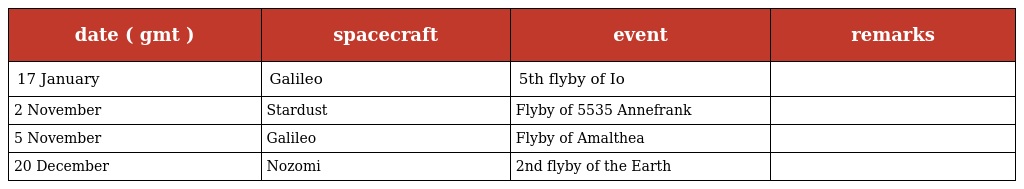
| date ( gmt ) | spacecraft | event | remarks |
 | --- | --- | --- | --- |
 | 17 January | Galileo | 5th flyby of Io |  |
 | 2 November | Stardust | Flyby of 5535 Annefrank |  |
 | 5 November | Galileo | Flyby of Amalthea |  |
 | 20 December | Nozomi | 2nd flyby of the Earth |  |